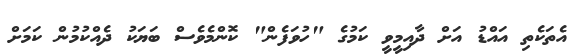
އެތަކެތި އައްޑު އަށް ދާއިމީވީ ކަމުގެ "ހުވަފެން" ކޮންމެވެސް ބަޔަކު ދެއްކުމުން ކަމަށް